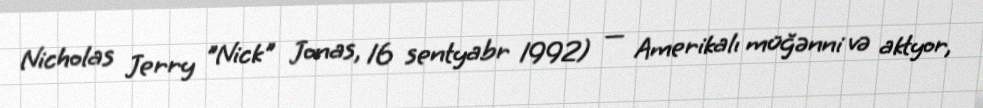
Nicholas Jerry "Nick" Jonas, 16 sentyabr 1992) — Amerikalı müğənni və aktyor,